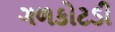
ગળકોટડી